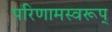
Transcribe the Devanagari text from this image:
परिणामस्वरूप्